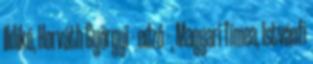
Ildikó, Horváth Györgyi – edző –, Magyari Tímea, Istvánfi